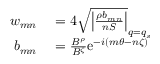
\begin{array} { r l } { w _ { m n } } & { { } = 4 \sqrt { \left| \frac { \rho b _ { m n } } { n S } \right| } _ { q = q _ { s } } } \\ { b _ { m n } } & { { } = \frac { B ^ { \rho } } { B ^ { \zeta } } \mathrm { e } ^ { - i ( m \theta - n \zeta ) } } \end{array}